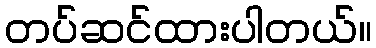
တပ်ဆင်ထားပါတယ်။